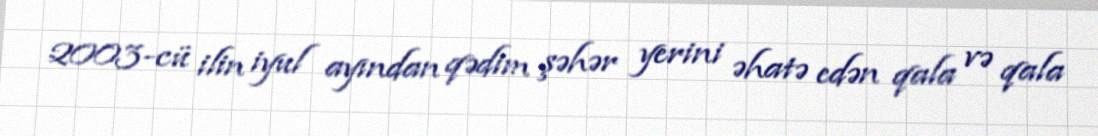
2003-cü ilin iyul ayından qədim şəhər yerini əhatə edən qala və qala